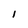
Character: l